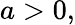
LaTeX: a>0,